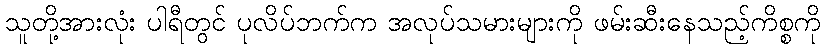
သူတို့အားလုံး ပါရီတွင် ပုလိပ်ဘက်က အလုပ်သမားများကို ဖမ်းဆီးနေသည့်ကိစ္စကို